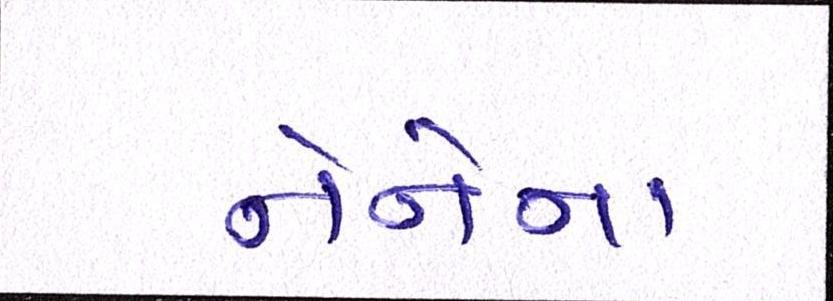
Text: નેનેના